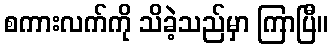
စကားလက်ကို သိခဲ့သည်မှာ ကြာပြီ။